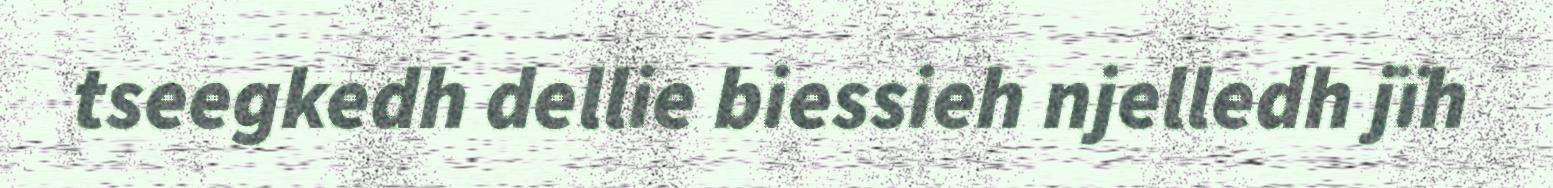
tseegkedh dellie biessieh njelledh jïh